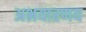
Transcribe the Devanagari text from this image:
अभयारणय